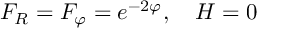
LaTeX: F _ { R } = F _ { \varphi } = e ^ { - 2 \varphi } , \quad H = 0